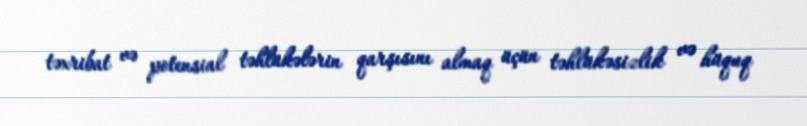
təxribat və potensial təhlükələrin qarşısını almaq üçün təhlükəsizlik və hüquq